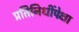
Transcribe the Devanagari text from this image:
प्रतिनिधींपेक्षा